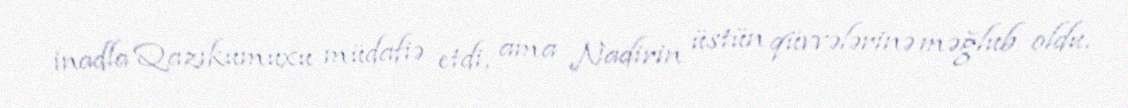
inadla Qazıkumuxu müdafiə etdi, ama Nadirin üstün qüvvələrinə məğlub oldu.